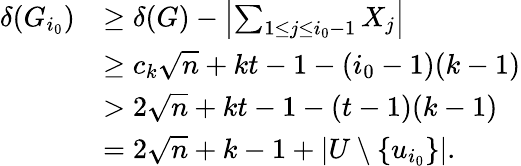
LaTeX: \begin{array}{rl}{\delta(G_{i_{0}})}&{\geq\delta(G)-\left|\sum_{1\leq j\leq i_{0}-1}X_{j}\right|}\\ &{\geq c_{k}\sqrt{n}+kt-1-(i_{0}-1)(k-1)}\\ &{>2\sqrt{n}+kt-1-(t-1)(k-1)}\\ &{=2\sqrt{n}+k-1+|U\setminus\{ u_{i_{0}}\} |.}\end{array}